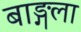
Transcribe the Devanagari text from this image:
बाङ्गला